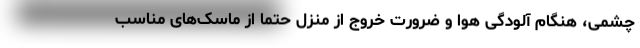
چشمی، هنگام آلودگی هوا و ضرورت خروج از منزل حتما از ماسک‌های مناسب